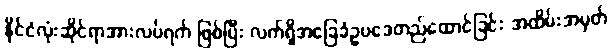
နိုင်ငံလုံးဆိုင်ရာအားလပ်ရက် ဖြစ်ပြီး လက်ရှိအခြေခံဥပဒေတည်ထောင်ခြင်း အထိမ်းအမှတ်